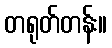
တရုတ်တန်း။